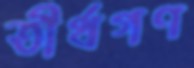
তীর্থগণ